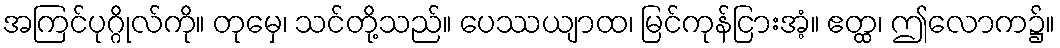
အကြင်ပုဂ္ဂိုလ်ကို။ တုမှေ၊ သင်တို့သည်။ ပေဿယျာထ၊ မြင်ကုန်ငြားအံ့။ ဧတ္ထ၊ ဤလောက၌။